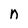
Character: n